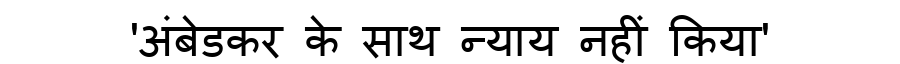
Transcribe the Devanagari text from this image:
'अंबेडकर के साथ न्याय नहीं किया'